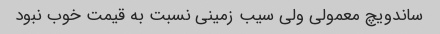
ساندویچ معمولی ولی سیب زمینی نسبت به قیمت خوب نبود